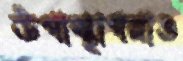
উপাস্থাপনাও